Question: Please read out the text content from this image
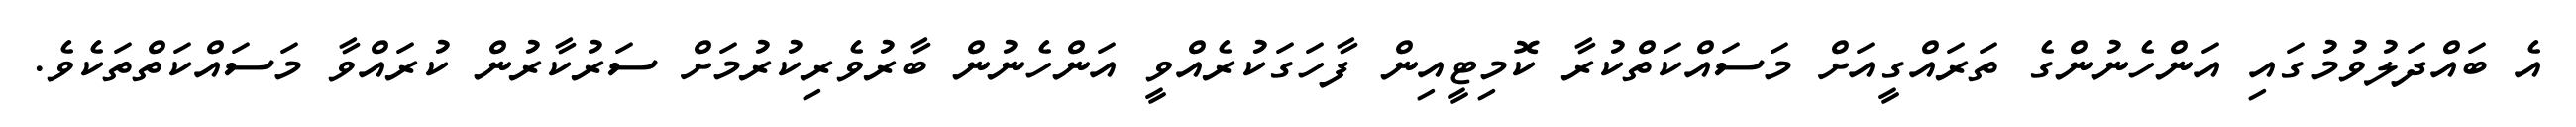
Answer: އެ ބައްދަލުވުމުގައި އަންހެނުންގެ ތަރައްގީއަށް މަސައްކަތްކުރާ ކޮމިޓީއިން ފާހަގަކުރެއްވީ އަންހެނުން ބާރުވެރިކުރުމަށް ސަރުކާރުން ކުރައްވާ މަސައްކަތްތަކެވެ.